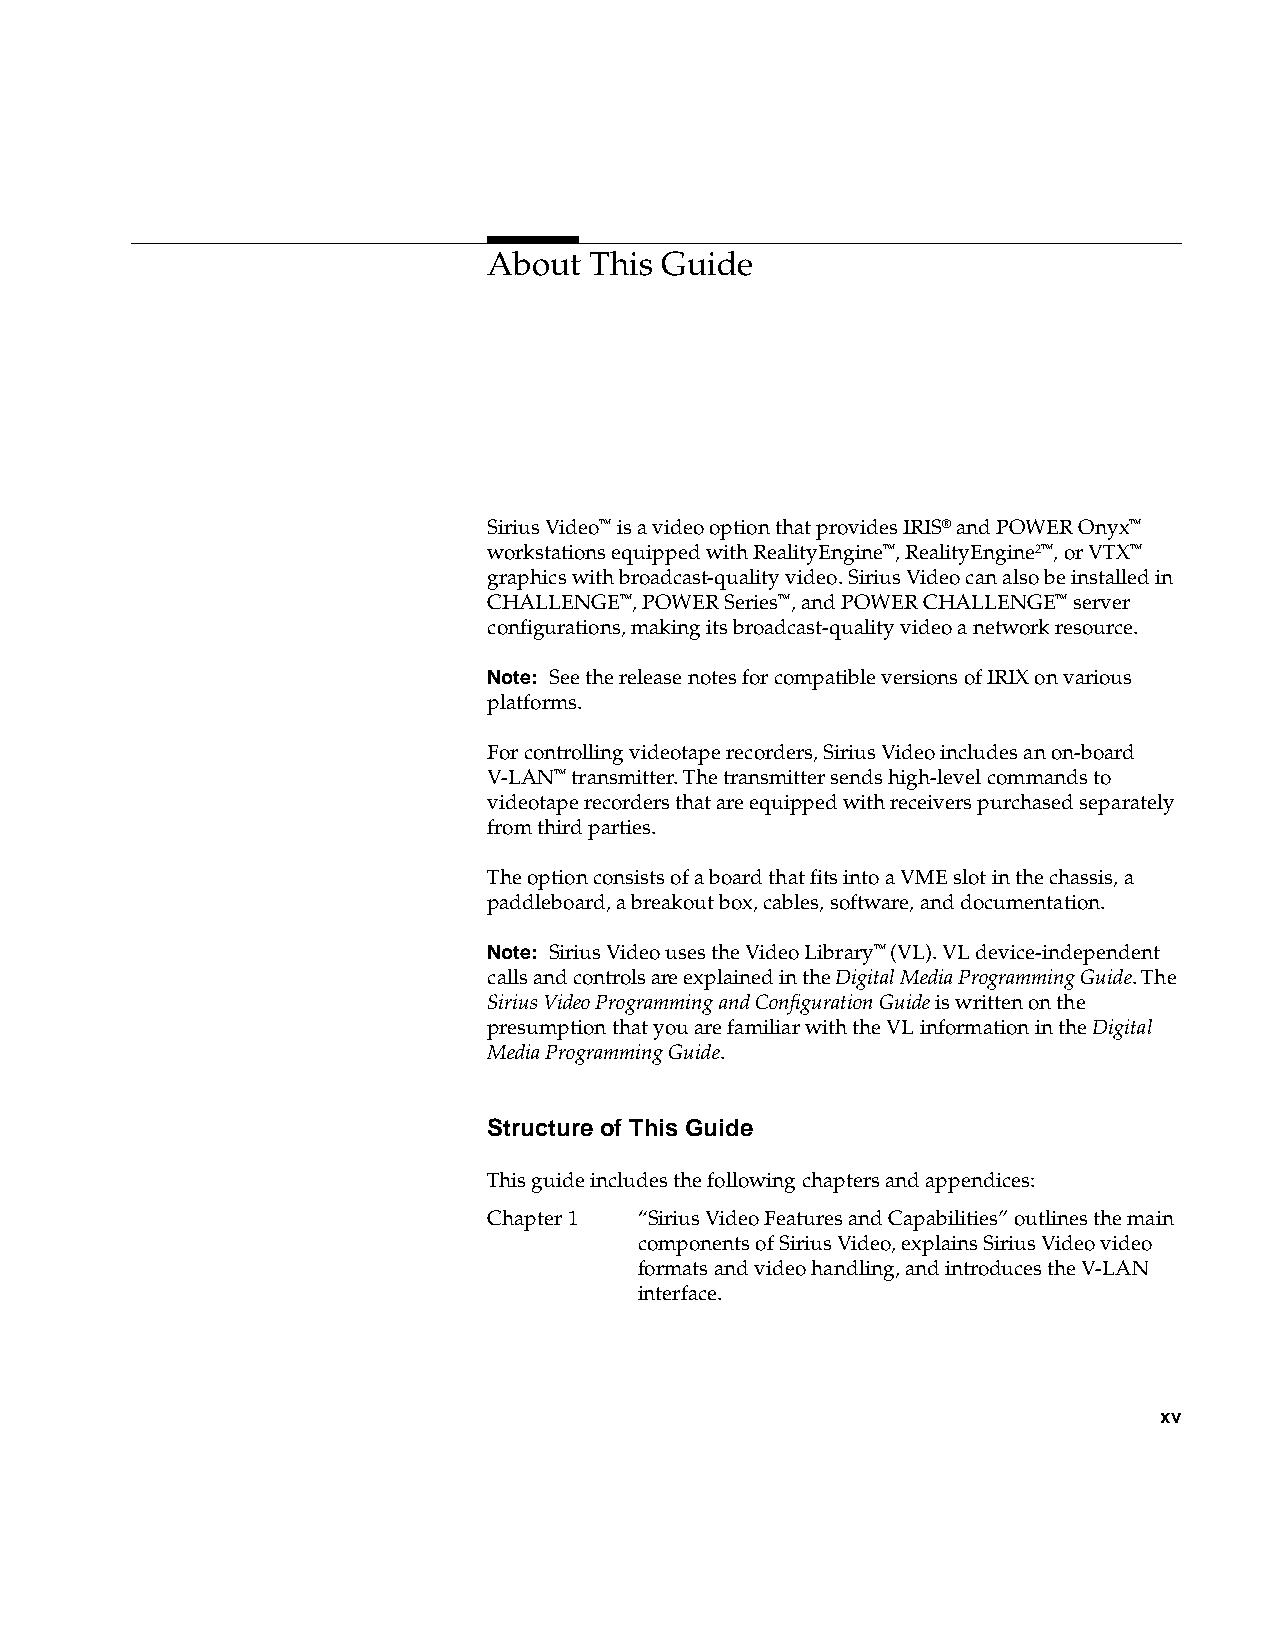
About  This Guide
 Sirius Video™ is a video option that provides IRIS® and POWER Onyx™
 workstations equipped with RealityEngine™, RealityEngine2™, or VTX™
 graphics with broadcast-quality video. Sirius Video can also be installed in
 CHALLENGE™, POWER Series™, and POWER CHALLENGE™ server
 configurations, making its broadcast-quality video a network resource.
 Note: See the release notes for compatible versions of IRIX on various
 platforms.
 For controlling videotape recorders, Sirius Video includes an on-board
 V-LAN™ transmitter. The transmitter sends high-level commands to
 videotape recorders that are equipped with receivers purchased separately
 from third parties.
 The option consists of a board that fits into a VME slot in the chassis, a
 paddleboard, a breakout box, cables, software, and documentation.
 Note: Sirius Video uses the Video Library™ (VL). VL device-independent
 calls and controls are explained in the Digital Media Programming Guide. The
 Sirius Video Programming and Configuration Guide is written on the
 presumption that you are familiar with the VL information in theDigital
 Media Programming Guide.
 Structure of This Guide
 This guide includes the following chapters and appendices:
 Chapter 1 “Sirius Video Features and Capabilities” outlines the main
 components of Sirius Video, explains Sirius Video video
 formats and video handling, and introduces the V-LAN
 interface.
 xv